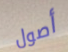
أصول